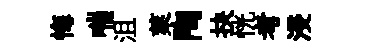
悔喘沮萊陶抉恍考浸